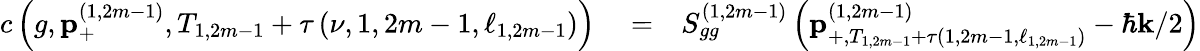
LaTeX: \begin{array}{rlr}{c\left(g,\mathbf{p}_{+}^{\left(1,2m-1\right)},T_{1,2m-1}+\tau\left(\nu,1,2m-1,\ell_{1,2m-1}\right)\right)}&{{}=}&{S_{gg}^{\left(1,2m-1\right)}\left(\mathbf{p}_{+,T_{1,2m-1}+\tau\left(1,2m-1,\ell_{1,2m-1}\right)}^{\left(1,2m-1\right)}-\hbar\mathbf{k}/2\right)}\end{array}